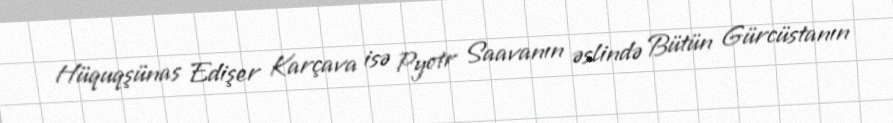
Hüquqşünas Edişer Karçava isə Pyotr Saavanın əslində Bütün Gürcüstanın